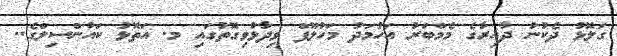
ގަލޮޅު ދެކުނު ދާއިރާގެ މެމްބަރު އަހުމަދު މަހުލޫފް ވިދާޅުވިގޮތުގައި މ. އަތޮޅު ކައުންސިލްގެ..